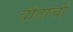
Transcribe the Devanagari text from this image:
वीटांची